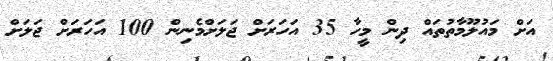
އަށް މައުލޫމާތުތައް ދިން މީހާ 35 އަހަރަށް ޖަލަށްމެނިން 100 އަހަރަށް ޖަލަށް